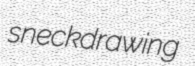
sneckdrawing